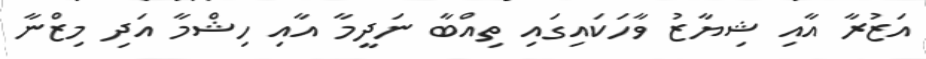
އަޒުރާ އާއި ޝިޔާޒު ވާހަކައިގައި ތިއްބާ ނަދީމާ އާއި ހިޝްމާ އަދި މިޒްނާ